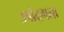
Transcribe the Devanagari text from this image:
उपोद्गता